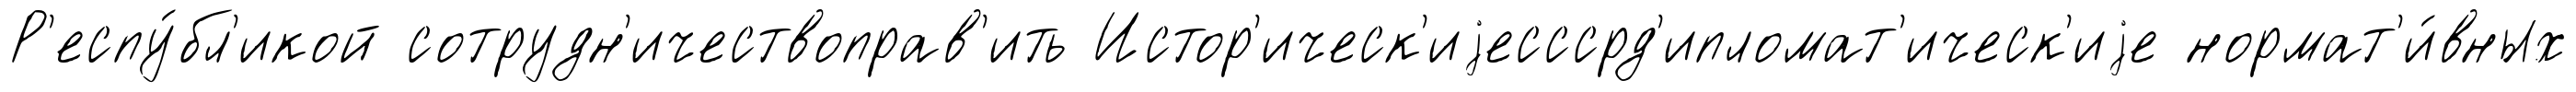
Р'еспу́бл'икой сотрудн'ичествоправ'ить Истор'ическ'иjесссрд'ипломат'ическ'иjе нормат'и́вных